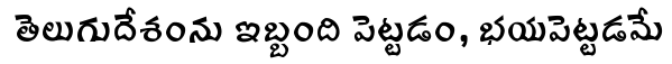
తెలుగుదేశంను ఇబ్బంది పెట్టడం, భయపెట్టడమే